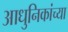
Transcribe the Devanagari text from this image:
आधुनिकांच्या